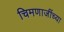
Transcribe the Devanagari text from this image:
चिमणाजींच्या